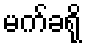
မက်ခရို